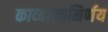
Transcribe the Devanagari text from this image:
काव्यात्मनिर्णय